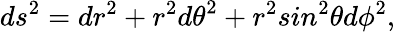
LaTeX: ds^{2}=dr^{2}+r^{2}{d{\theta}}^{2}+r^{2}sin^{2}{\theta}d{\phi}^{2},